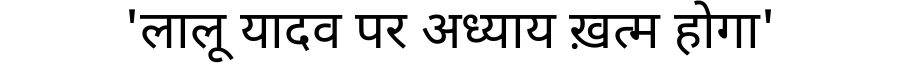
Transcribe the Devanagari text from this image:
'लालू यादव पर अध्याय ख़त्म होगा'